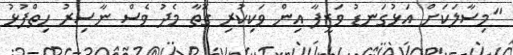
"މިސާލަކަށް އަޅުގަނޑު ވަޒީފާ އިން ވަކިކުރި ގޮތާ މެދު ވެސް ނާސިރު ހިތްޕުޅު